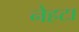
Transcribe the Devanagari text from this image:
नेहटा